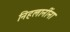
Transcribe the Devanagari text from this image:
निहलानींना